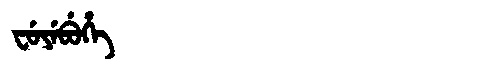
Manchu: ᠸᡠᠶᡝᠪᡠᡥᡝ
Romanization: FUYEBUHE